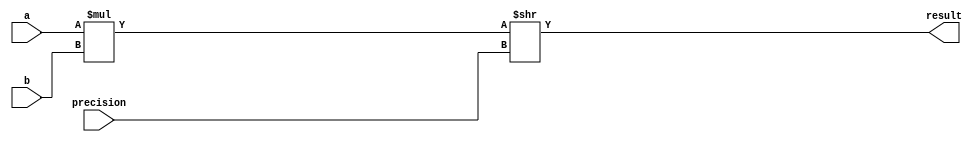
module fixed_point_multiplier (
    input [31:0] a,
    input [31:0] b,
    input [31:0] precision,
    output reg [63:0] result
);

reg [63:0] product;
reg [63:0] sum;

always @* begin
    product = a * b;
    sum = product >> precision;
    result = sum;
end

endmodule